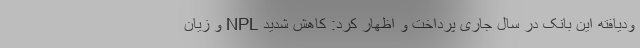
ودیافته این بانک در سال جاری پرداخت و اظهار کرد: کاهش شدید NPL و زیان